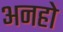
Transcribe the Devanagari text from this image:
अनहो